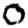
Digit: 0